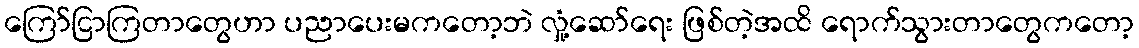
ကြော်ငြာကြတာတွေဟာ ပညာပေးမကတော့ဘဲ လှုံ့ဆော်ရေး ဖြစ်တဲ့အထိ ရောက်သွားတာတွေကတော့